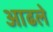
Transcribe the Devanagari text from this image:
आढले